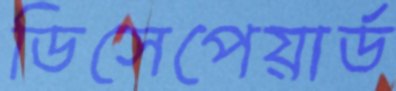
ডিসেপেয়ার্ড